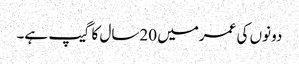
دونوں کی عمرمیں 20سال کا گیپ ہے۔